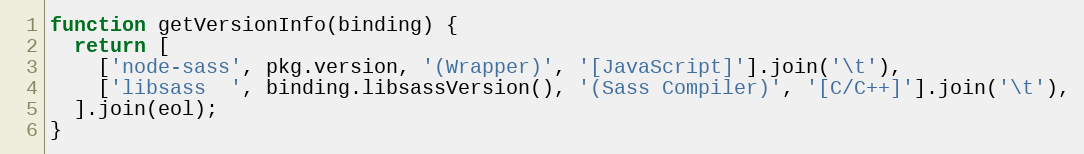
Language: JavaScript
function getVersionInfo(binding) {
  return [
    ['node-sass', pkg.version, '(Wrapper)', '[JavaScript]'].join('\t'),
    ['libsass  ', binding.libsassVersion(), '(Sass Compiler)', '[C/C++]'].join('\t'),
  ].join(eol);
}